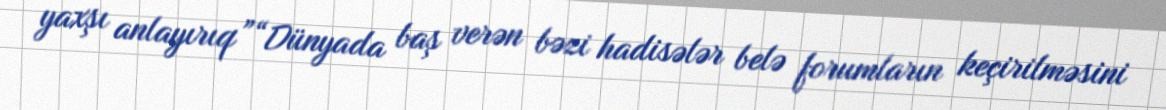
yaxşı anlayırıq”“Dünyada baş verən bəzi hadisələr belə forumların keçirilməsini